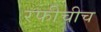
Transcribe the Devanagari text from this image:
रफीचीच